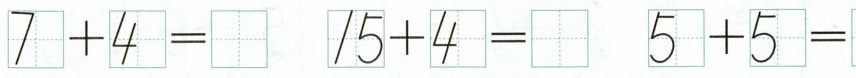
$$7 + 4 =$$ $$1 5 + 4 =$$ $$5 + 5 =$$